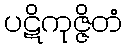
ပဋိကုဇ္ဇိတံ